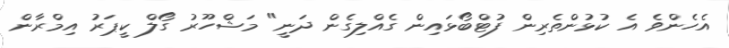
އެހެންވެ އެ ކުޅުންތެރިން ފުޓްބޯޅައިން ގެއްލިގެން ދަނީ" މަޝްހޫރު ގޯލް ކީޕަރު އިމްރާން